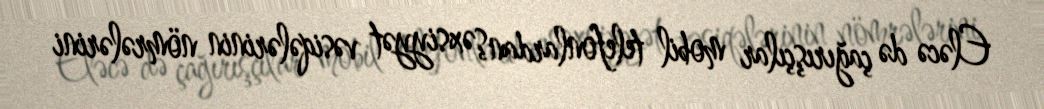
Eləcə də çağırışçılar mobil telefonlardan şəxsiyyət vəsiqələrinin nömrələrini